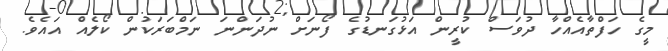
މީގެ ހަފްތާއެއްހާ ދުވަސް ކުރީން އަޅުގަނޑުގެ ފޯނަށް ނުދަންނަ ނަމްބަރަކުން ކޯލެއް އައެވެ.